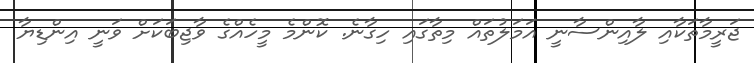
ޖަރީމާތަކާއި ލާއިންސާނީ އަމަލުތައް މިތާގައި ހިގާނެ. ކޮންމެ މީހެއްގެ ވާޖިބަކަށް ވަނީ އިންޑިޔާ